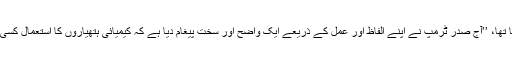
اسرائیلی وزیر اعظم نیتن یاہو کا کہنا تھا، ’’آج صدر ٹرمپ نے اپنے الفاظ اور عمل کے ذریعے ایک واضح اور سخت پیغام دیا ہے کہ کیمیائی ہتھیاروں کا استعمال کسی صورت برداشت نہیں کیا جائے گا۔